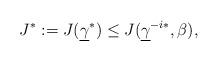
LaTeX: \begin{align*}{J}^*:=J({\underline \gamma}^*) \leq J({\underline \gamma}^{-i*},\beta), \end{align*}